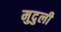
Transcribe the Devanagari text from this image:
मुदुली